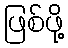
ဖြစ်ဖို့